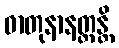
ဓာတုနာနတ္တန္တိ